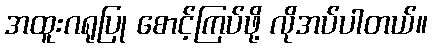
အထူးဂရုပြု စောင့်ကြပ်ဖို့ လိုအပ်ပါတယ်။